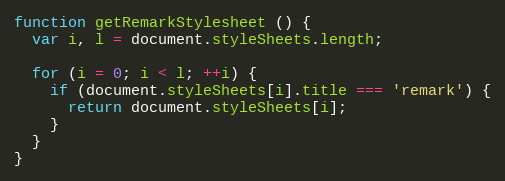
Language: JavaScript
function getRemarkStylesheet () {
  var i, l = document.styleSheets.length;

  for (i = 0; i < l; ++i) {
    if (document.styleSheets[i].title === 'remark') {
      return document.styleSheets[i];
    }
  }
}